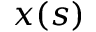
x ( s )